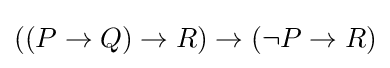
((P\to Q)\to R)\to (\lnot P\to R)